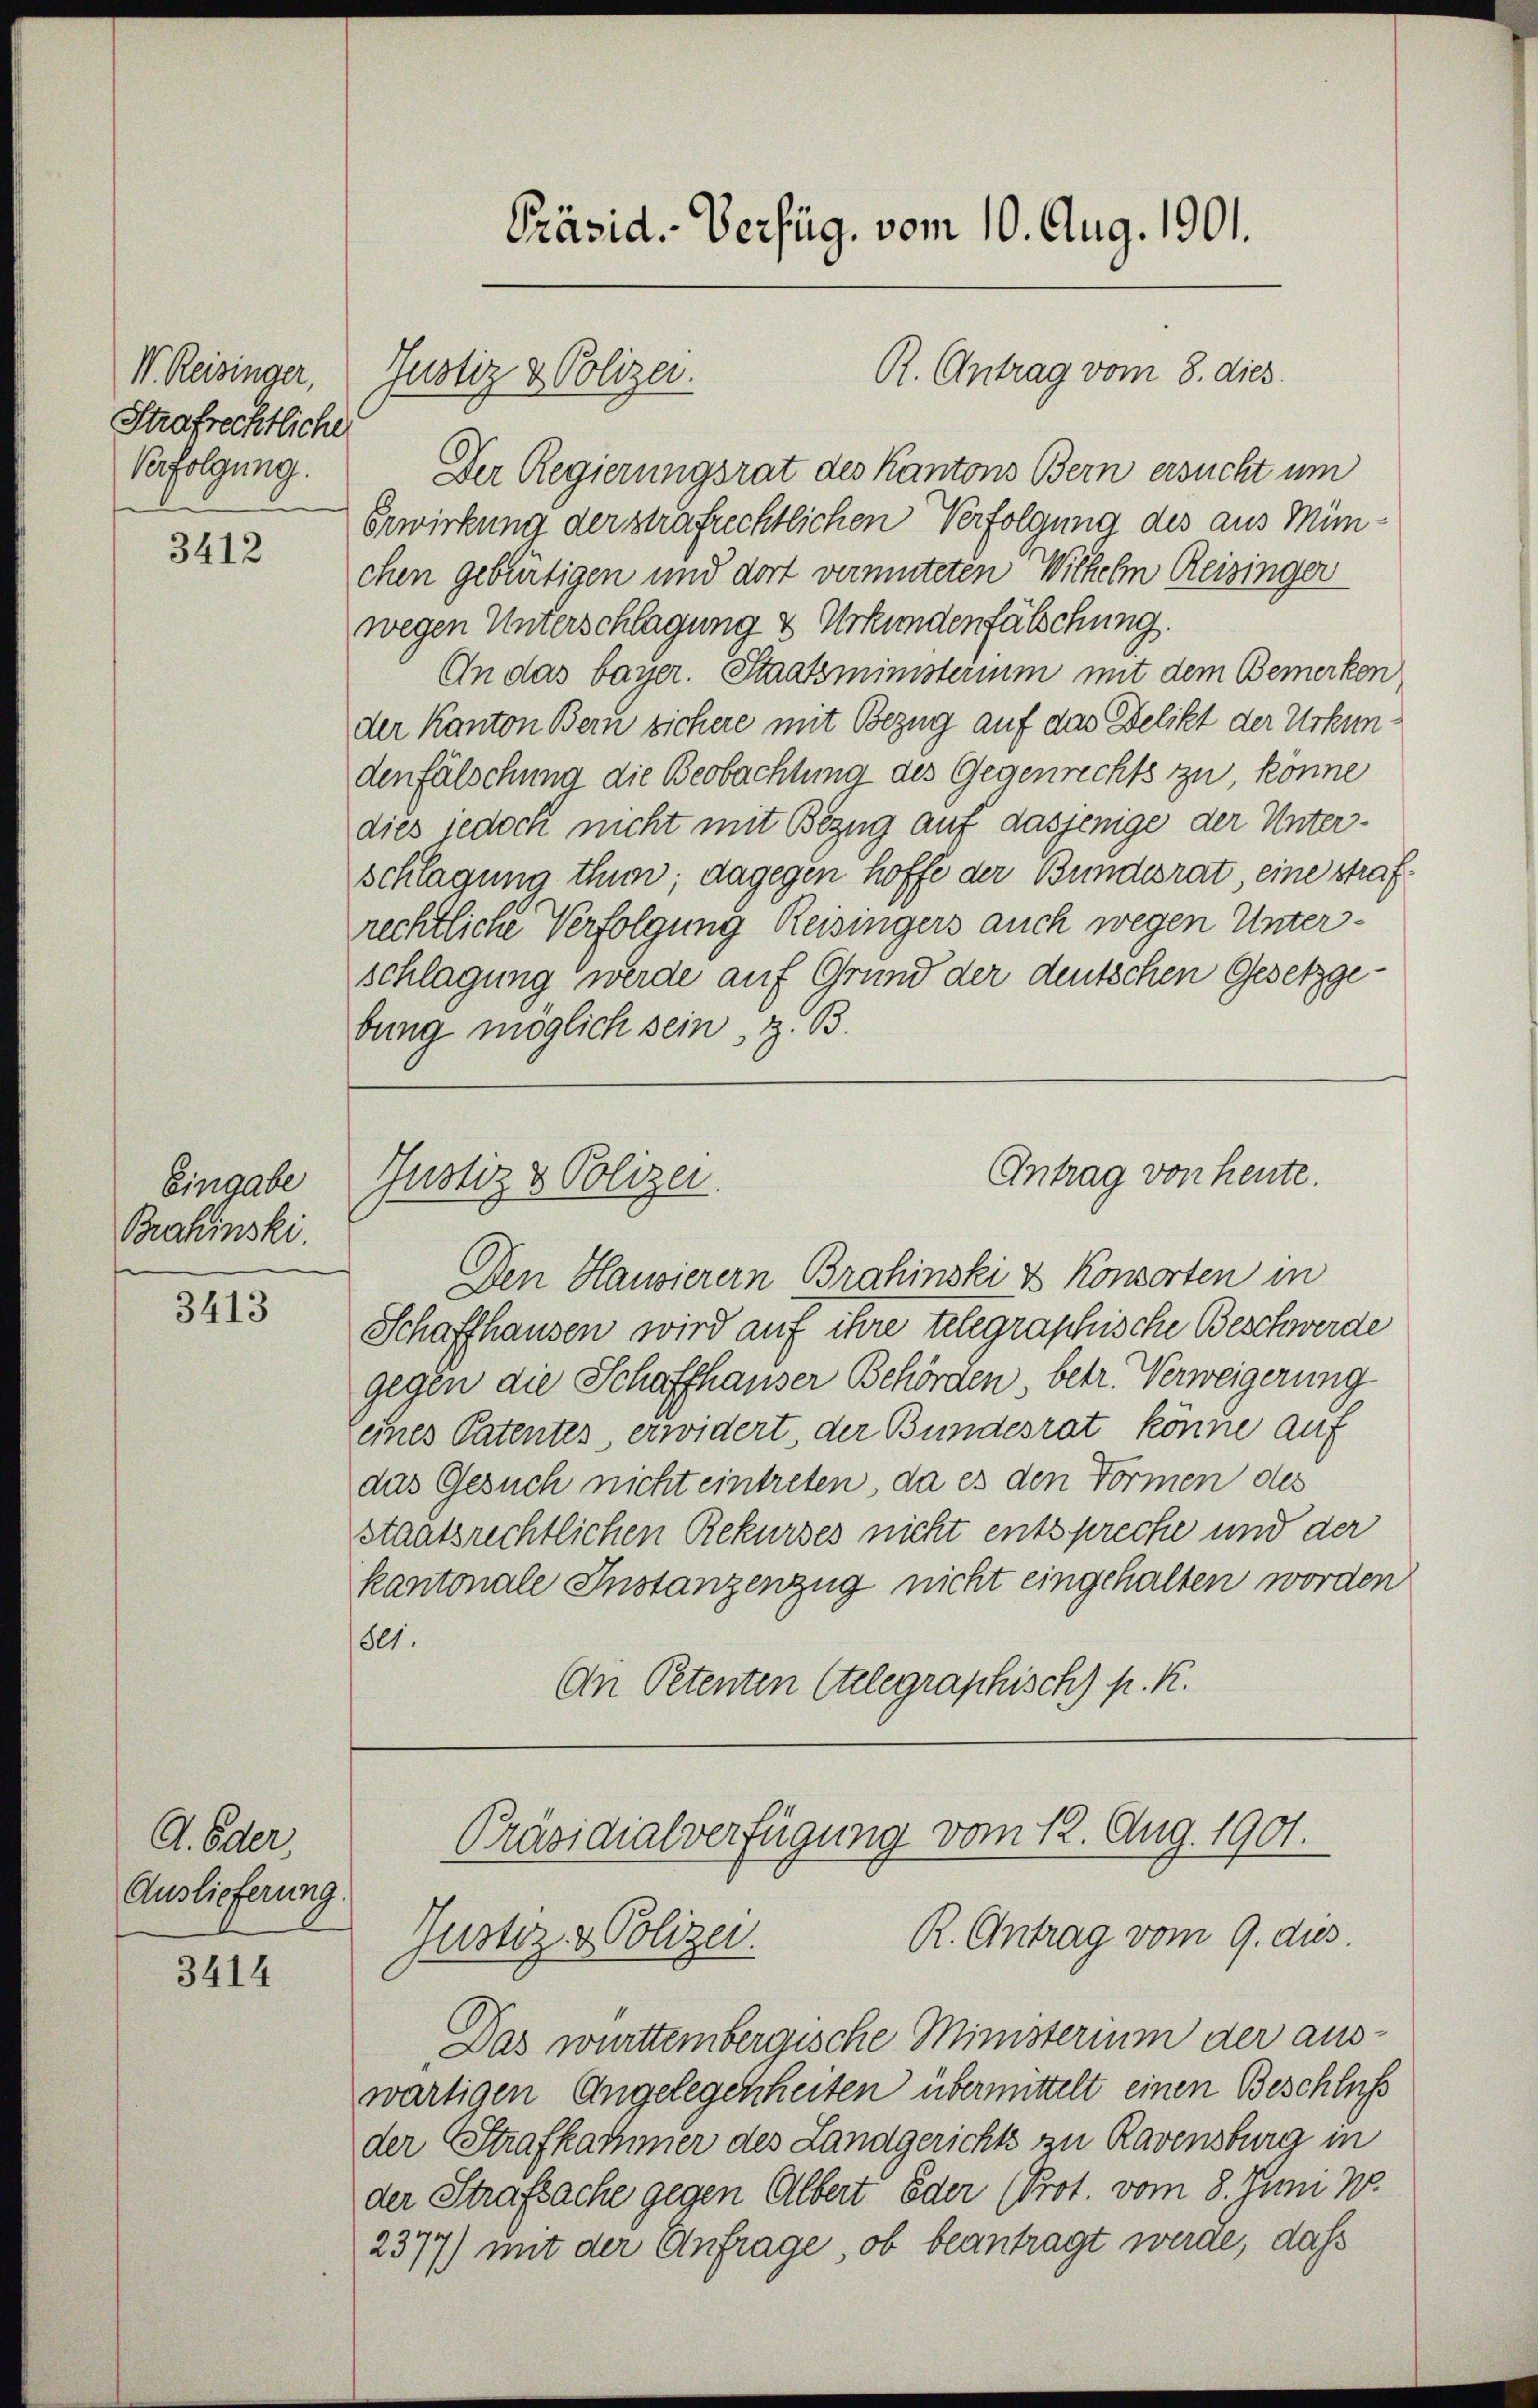
V. Reisinger,
Strafrechtliche
Verfolgung.

3412

Eingabe
Brahinski.

3413

A. Oder
Auslieferung.

3414

Präsid.-Verfüg, vom 10. Aug. 1901.

Der Regierungsrat des Kantons Bern ersucht um
Erwirkung der strafrechtlichen Verfolgung des aus Minichen gebürtigen und dort vermuteten Wilhelm Reisinger
wegen Unterschlagung & Urkundenfälschung.
An das bayer. Staatsministerium mit dem Bemerken
der Kanton Bern sichere mit Bezug auf das Delikt der Urkundenfälschung die Beobachtung des Gegenrechts zu, könne
dies jedoch nicht mit Bezug auf dasjenige der Unterschlagung thun; dagegen hoffe der Bundesrat, eine strafrechtliche Verfolgung Reisingers auch wegen Unterschlagung werde auf Grund der deutschen Gesetzgebung möglich sein, z. B.

Justiz & Polizei.

Justiz & Polizei.

Den Hausierern Brahinski & Konsorten in
Schaffhausen wird auf ihre telegraphische Beschwerde
gegen die Schaffhauser Behörden betr. Verweigerung
eines Patentes erwidert, der Bundesrat könne auf
das Gesuch nicht eintreten, da es den Formen des
staatsrechtlichen Rekurses nicht entspreche und der
kantonale Instanzenzug nicht eingehalten worden
801.
An Petenten telegraphisch) p. K.

R. Antrag vom 8. dies

Antrag von heute.

Präsidialverfügung vom 12. Aug. 1901.
R. Antrag vom 9. dies
Justiz- & Polizei.

Das württembergische Ministerium der aus-
wärtigen Angelegenheiten übermittelt einen Beschluß
der Strafkammer des Landgerichts zu Ravensburg in
der Strafsache gegen Albert oder (Prot. vom 8. Juni 18
2377) mit der Anfrage, ob beantragt werde, daß